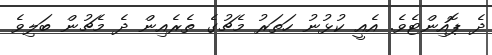
ދެ ޕޮއިންޓެވެ. އެއީ ކުޅުނު ހަތަރު މެޗުގެ ތެރެއިން ދެ މެޗުން ބަލިވެ